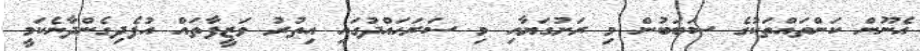
އެނޫން ކަންތައްތަކުގެ ސަބަބުން މި ރަށުގަޔާއި މި ސަރަޙައްދުގައި އިތުރު ވަޒީފާތައް އުފެދިގެންދާނެކަމީ